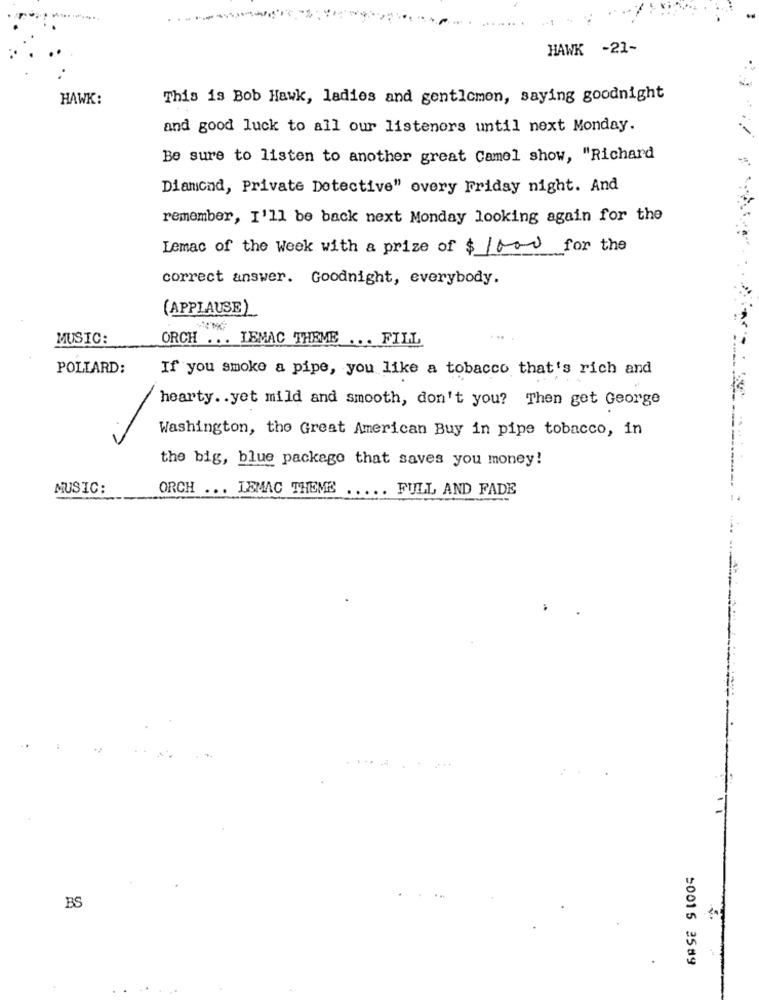
HAWK -21-
HAWK:
This is Bob Hawk, ladies and gentlemen, saying goodnight
and good luck to all our listeners until next Monday.
Be sure to listen to another great Camel show, "Richard
Diamond, Private Detective" overy Friday night. And
remember, I'll be back next Monday looking again for the
Lemac of the Week with a prize of $ /bad for the
correct answer. Goodnight, everybody.
(APPLAUSE)
MUSIC:
ORCH ... LEMAC THEME ... FILL
POLLARD:
If you smoke a pipe, you like a tobacco that's rich and
hearty .. yet mild and smooth, don't you? Then get George
Washington, the Great American Buy in pipe tobacco, in
the big, blue package that saves you money!
MUSIC:
ORCH ... LEMAC THEME
.....
FULL AND FADE
BS
50015 3589